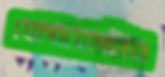
যোগাযোগটাও